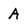
Character: A